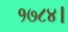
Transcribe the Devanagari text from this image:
१७८४।